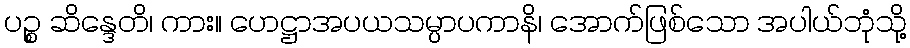
ပဉ္စ ဆိန္ဒေတိ၊ ကား။ ဟေဋ္ဌာအပယသမ္ပာပကာနိ၊ အောက်ဖြစ်သော အပါယ်ဘုံသို့